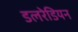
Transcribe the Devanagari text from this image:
डलरेडियन